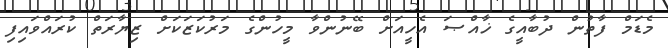
މެޑަމް ފާތުން ދުބާއީގެ ޚާއްޞަ އެހީއަށް ބޭނުންވާ މީހުންގެ މަރުކަޒަކަށް ޒިޔާރަތް ކުރައްވައިފި